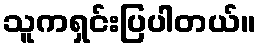
သူကရှင်းပြပါတယ်။